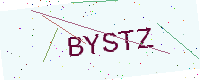
Text: BYSTZ